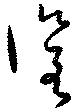
催